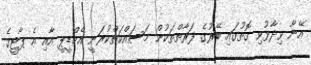
އޭނާ ވިދާޅުވި ގޮތުގައި ބޭރުގެ ފަރާތްތަކުން މަސައްކަތްކުރަނީ އެމްޑީޕީ އާއި އެ ޕާޓީގެ